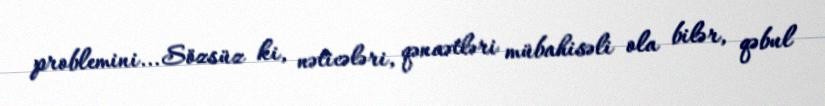
problemini... Sözsüz ki, nəticələri, qənaətləri mübahisəli ola bilər, qəbul